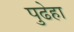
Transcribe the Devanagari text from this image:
पुढेहा